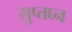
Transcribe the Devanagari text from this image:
सुप्तघ्न